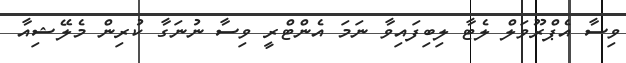
ވިސާ އެޕްރޫވަލް ލެޓާ ލިބިފައިވާ ނަމަ އެންޓްރީ ވިސާ ނުނަގާ ކުރިން މެލޭޝިއާ